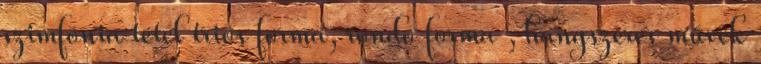
szimfónia tétel triós forma, rondó forma , hangszeres művek